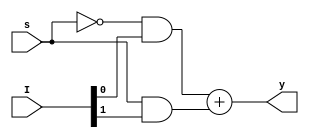
module mux(I,s,y);
input [1:0]I;
input s;
output y;
assign y=(~s&I[0])+(s&I[1]);
endmodule